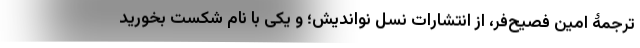
ترجمۀ امین فصیح‌فر، از انتشارات نسل نواندیش؛ و یکی با نام شکست بخورید